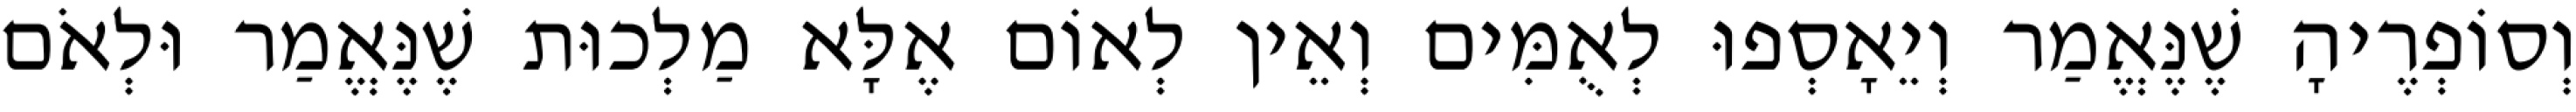
וְסוֹפְרֶיהָ שֶׁנֶּאֱמַר וְיֵאָסְפוּ לְאֻמִּים וְאֵין לְאוֹם אֶלָּא מַלְכוּת שֶׁנֶּאֱמַר וּלְאֹם